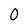
Character: 0